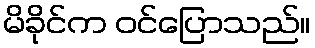
မိခိုင်က ဝင်ပြောသည်။